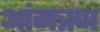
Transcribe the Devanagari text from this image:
आंमत्रण